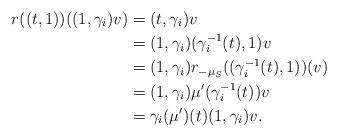
LaTeX: \begin{align*} r((t,1))( (1, \gamma_i)v ) &=(t,\gamma_i)v \\ &=(1, \gamma_i)(\gamma^{-1}_i(t),1)v\\ &=(1, \gamma_i)r_{-\mu_S}((\gamma^{-1}_i(t),1))(v)\\ &=(1,\gamma_i) \mu'(\gamma^{-1}_i(t))v\\ &=\gamma_i(\mu')(t) (1, \gamma_i)v.\end{align*}